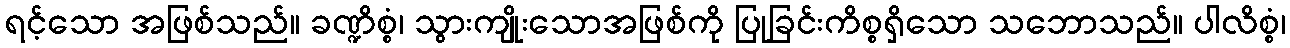
ရင့်သော အဖြစ်သည်။ ခဏ္ဍိစ္စံ၊ သွားကျိုးသောအဖြစ်ကို ပြုခြင်းကိစ္စရှိသော သဘောသည်။ ပါလိစ္စံ၊